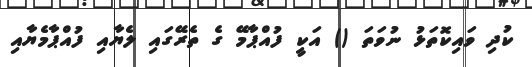
ކުދި ވައިކޮތަޅު ނުވަތަ () އަކީ ފުއްޕާމޭ ގެ ތެރޭގައި ލެޔާއި ފުއްޕާމެޔާއި